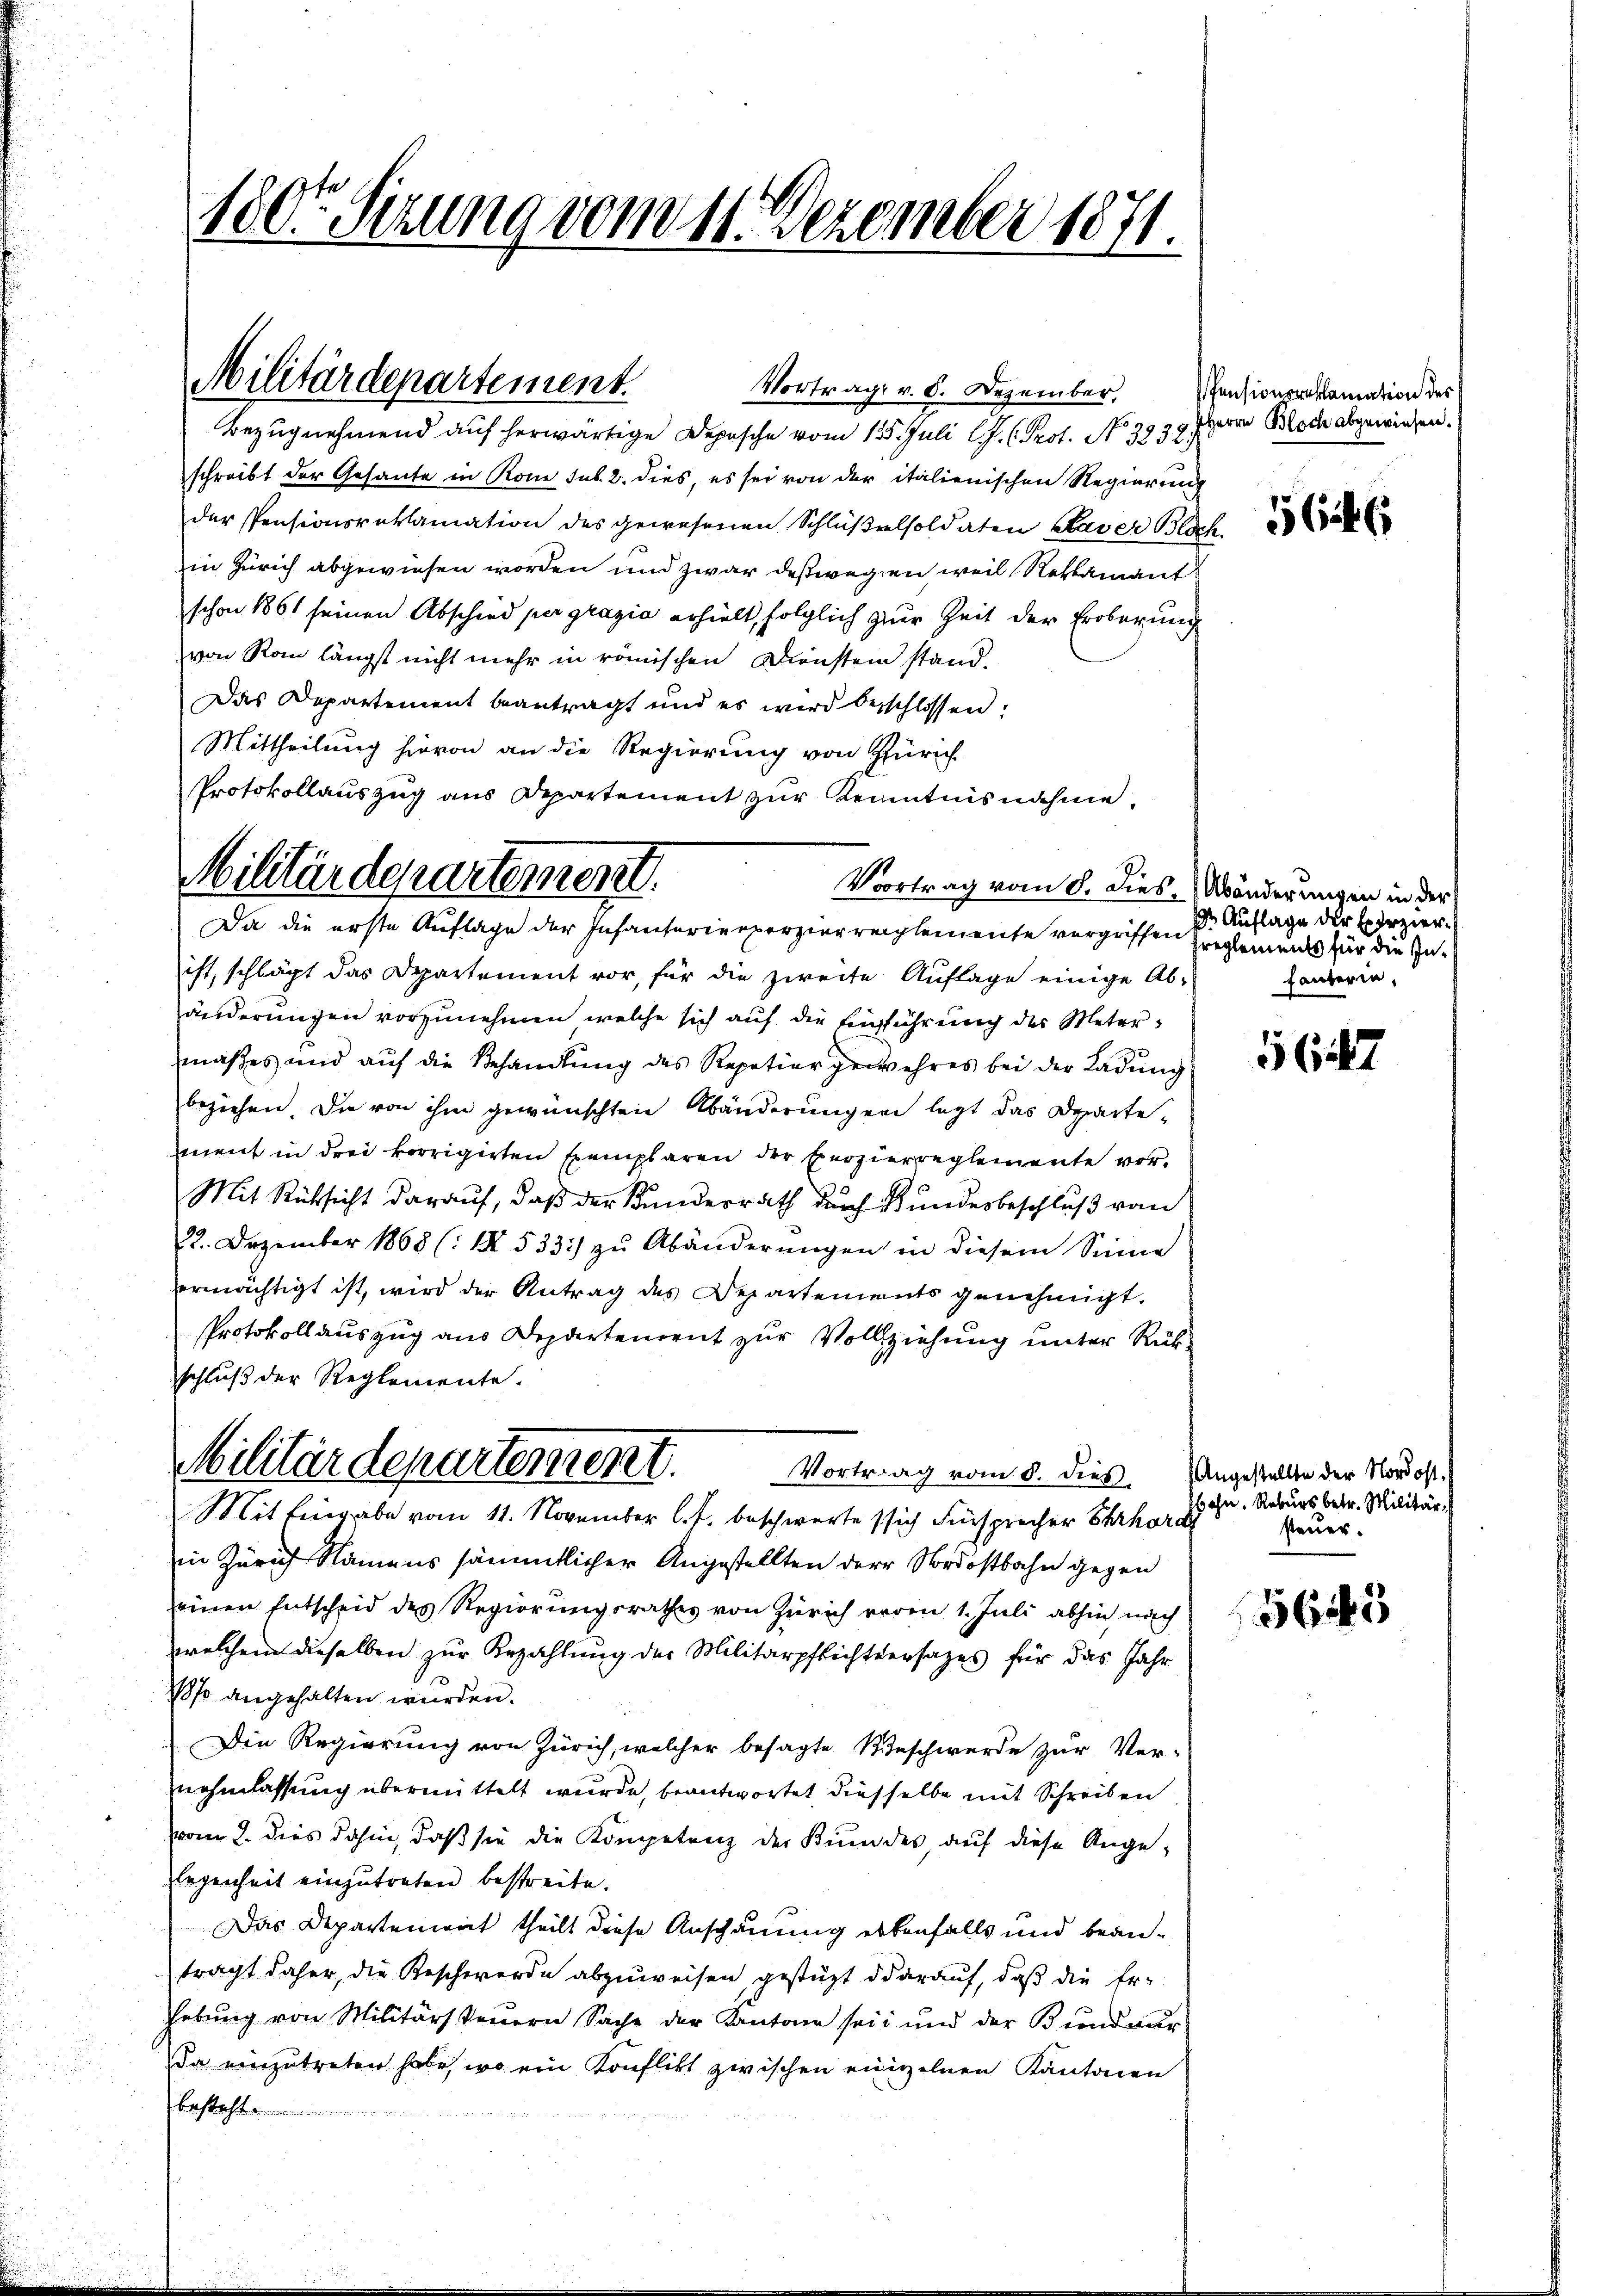
180ten Sitzung vom 11. Dezember 1871.

Militärdepartement.
Vortrag v. 8. Dezember,
Bezugnehmend auf herwärtige Depesche vom 125. Juli l.J. (Prot. No 3939. Herrn Bloch abgewiesen.

schreibt der Gesante in Rom sub. 2. dies, es sei von der italienischen Regierung
der Pensionsreklamation des gewesenen Schlüßelsoldaten Kaver Bloch
in Zürich abgewiesen worden und zwar deßwegen, weil Reklamant
schon 1861 seinen Abschied per gracia erhielt, folglich zur Zeit der Eroberung
von Rain längst nicht mehr in römischen Dienstem stand.
Das Departement beantragt und es wird beschlossen:
Mittheilung hievon an die Regierung von Zürich
ist, schlägt das Departement vor, für die zweite Auflage einige Ab-
änderungen vorzunehmen, welche sich auf die Einführung des Metermaßes und auf die Behandlung des Repetier gewehres bei der Ladung
beziehen. Die von ihm gewünschten Abänderungen legt das Departement in drei korrigirten Exemplaren der Exerzierreglemente vor¬
Mit Rücksicht darauf, daß der Kundesrath durch Bundesbeschluß vom
22. Dezember 1868 (: I 533) zu Abänderungen in diesem Sinne
ermächtigt ist, wird der Antrag des Departements genehmigt.
Protokollauszug aus Departement zur Vollziehung unter Rükschluß der Reglemente.
Militärdepartement.
Vortrag vom 8. dies. Angestellte der Nordost
Mit Eingabe vom 11. November l. J. beschwerte sich Fürsprecher Ehrhard
in Zürich Namens sämmtlicher Angestellten der Nordostbahn gegen
einen Entscheid des Regierungsrathes von Zürich veren 1. Juli abhin nach
welchem dieselben zur Bezahlung der Militärpflichtersatzes für das Jahr
1870 angehalten wurden.
Die Regierung von Zürich, welcher besagte Beschwerde zur Ver-
nehmlassung übermittelt wurde, beantwortet diesselbe mit Schreiben
vom 2. dies dahin, daß sie die Kompetenz der Kundes, auf diese Angelegenheit einzutreten bestreite.
Das Departeniat theilt diese Anschauung erbenfalls und beantragt daher, die Beschwerde abzuweisen, gestüzt darauf, daß die Er-
hebung von Militärsteuern Sache der Kantone sei und der Bundeur
Da einzutreten habe, wo ein Konflikt zwischen einzelnen Kantonen
besteht

Protokollauszug aus Departement zur Kenntnisnahme.
Militärdepartemen
Da die erste Auflage der Infanterierperzierreichlemente vorgriffen Ereglements für die In¬

Voortrag vom 8. dies, Abänderungen in der

Pensionsreklamation des

1564
2.

d Auflage der Erzier
häuterin,

5647

Hahn, Rekurs betr. Militär
steuer.

5625